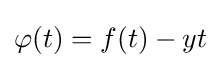
\varphi (t)=f(t)-yt